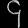
Digit: ၄